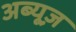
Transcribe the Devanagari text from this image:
अब्यूज़